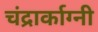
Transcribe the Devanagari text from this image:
चंद्रार्काग्नी